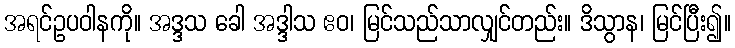
အရင်ဥပဝါနကို။ အဒ္ဒသ ခေါ အဒ္ဒါသ ဧဝ၊ မြင်သည်သာလျှင်တည်း။ ဒိသွာန၊ မြင်ပြီး၍။